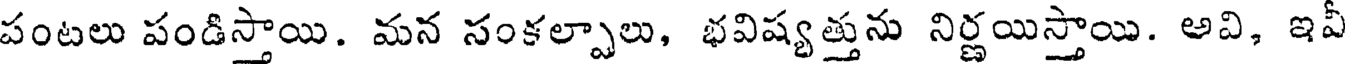
పంటలు పండిస్తాయి. మన సంకల్పాలు, భవిష్యత్తును నిర్ణయిస్తాయి. అవి, ఇవీ